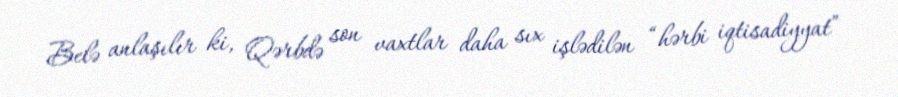
Belə anlaşılır ki, Qərbdə son vaxtlar daha sıx işlədilən “hərbi iqtisadiyyat”